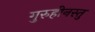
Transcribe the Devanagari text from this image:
गुरुहीनस्तु